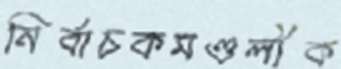
নির্বাচকমণ্ডলীক